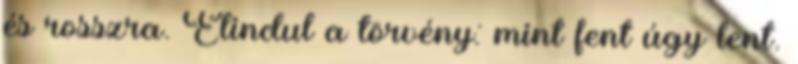
és rosszra. Elindul a törvény: mint fent úgy lent.